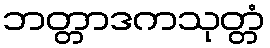
ဘတ္တာဒကသုတ္တံ